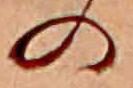
の